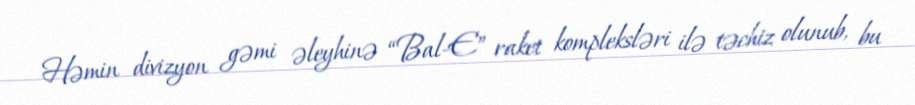
Həmin divizyon gəmi əleyhinə “Bal-E” raket kompleksləri ilə təchiz olunub, bu